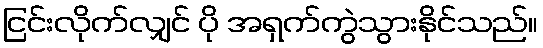
ငြင်းလိုက်လျှင် ပို အရှက်ကွဲသွားနိုင်သည်။